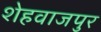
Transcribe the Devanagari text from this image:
शेहवाजपुर